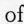
of